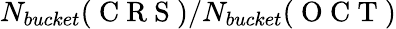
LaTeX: N_{bucket}(\mathrm{~C~R~S~})/N_{bucket}(\mathrm{~O~C~T~})